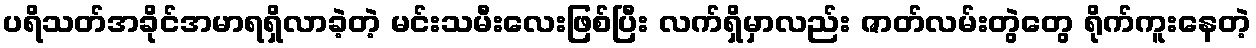
ပရိသတ်အခိုင်အမာရရှိလာခဲ့တဲ့ မင်းသမီးလေးဖြစ်ပြီး လက်ရှိမှာလည်း ဇာတ်လမ်းတွဲတွေ ရိုက်ကူးနေတဲ့